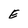
Character: E